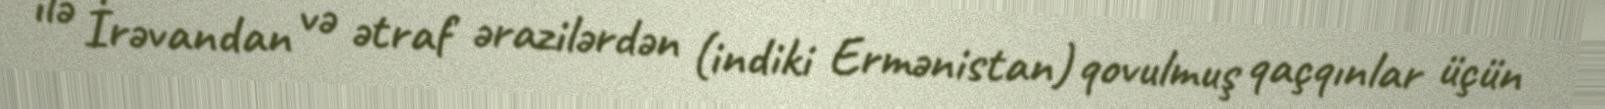
ilə İrəvandan və ətraf ərazilərdən (indiki Ermənistan) qovulmuş qaçqınlar üçün